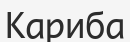
Кариба